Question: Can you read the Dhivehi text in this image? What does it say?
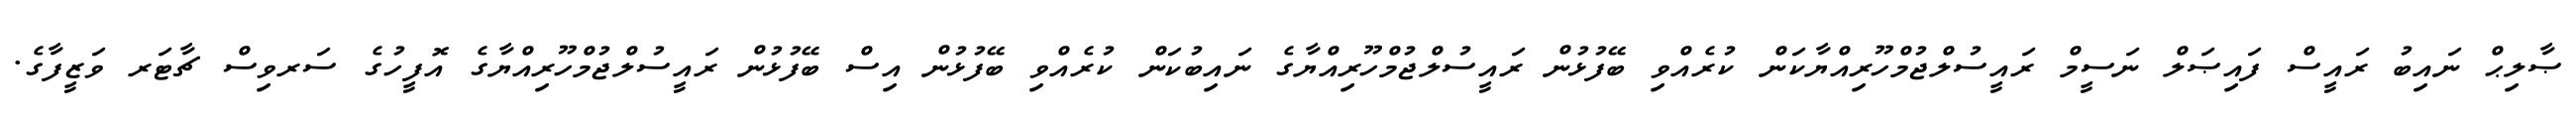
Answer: ޞާލިޙް ނައިބު ރައީސް ފައިޞަލް ނަސީމް ރައީސުލްޖުމްހޫރިއްޔާކަން ކުރެއްވި ބޭފުޅުން ރައީސުލްޖުމްހޫރިއްޔާގެ ނައިބުކަން ކުރެއްވި ބޭފުޅުން އިސް ބޭފުޅުން ރައީސުލްޖުމްހޫރިއްޔާގެ އޮފީހުގެ ސަރވިސް ޗާޓަރ ވަޒީފާގެ.